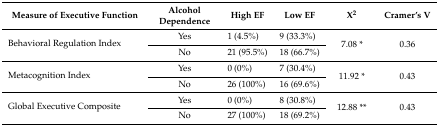
| Measure of Executive Function | Alcohol Dependence | High EF | Low EF | X2 | Cramer’s V |
 | --- | --- | --- | --- | --- | --- |
 | <ROWSPAN=2> Behavioral Regulation Index | Yes | 1 (4.5%) | 9 (33.3%) | <ROWSPAN=2> 7.08 * | <ROWSPAN=2> 0.36 |
 | No | 21 (95.5%) | 18 (66.7%) |
 | <ROWSPAN=2> Metacognition Index | Yes | 0 (0%) | 7 (30.4%) | <ROWSPAN=2> 11.92 * | <ROWSPAN=2> 0.43 |
 | No | 26 (100%) | 16 (69.6%) |
 | <ROWSPAN=2> Global Executive Composite | Yes | 0 (0%) | 8 (30.8%) | <ROWSPAN=2> 12.88 ** | <ROWSPAN=2> 0.43 |
 | No | 27 (100%) | 18 (69.2%) |